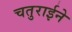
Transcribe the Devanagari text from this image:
चतुराईने